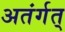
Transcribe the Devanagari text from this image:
अतंर्गत्